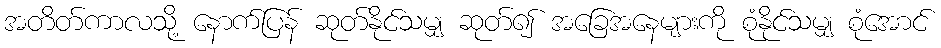
အတိတ်ကာလသို့ နောက်ပြန် ဆုတ်နိုင်သမျှ ဆုတ်၍ အခြေအနေများကို စုံနိုင်သမျှ စုံအောင်